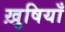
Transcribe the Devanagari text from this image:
ख़ुषियाँ